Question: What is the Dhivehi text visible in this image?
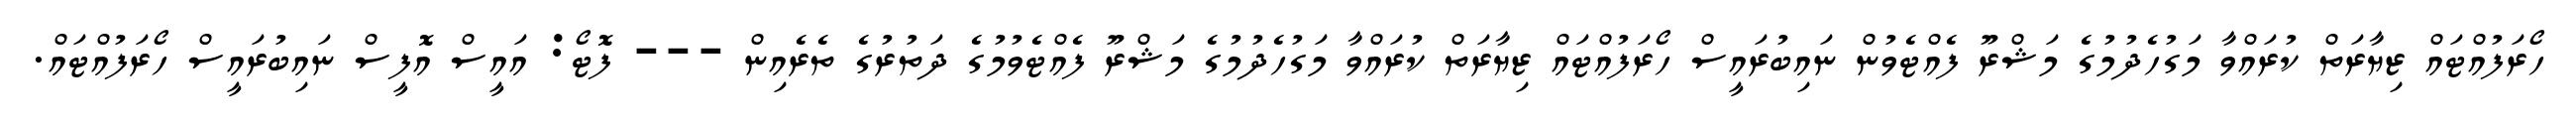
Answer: ހޯރަފުއްޓައް ޒިޔާރަތް ކުރައްވާ މަގުހެދުމުގެ މަޝްރޫ ފެއްޓެވުން ނައިބުރައީސް ހޯރަފުއްޓައް ޒިޔާރަތް ކުރައްވާ މަގުހެދުމުގެ މަޝްރޫ ފެއްޓެވުމުގެ ދަތުރުގެ ތެރެއިން --- ފޮޓޯ: އައީސް އޮފީސް ނައިބުރައީސް ހޯރަފުއްޓައް.